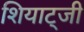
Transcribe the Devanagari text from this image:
शियाट्जी